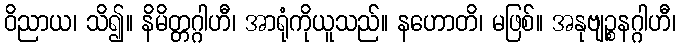
ဝိညာယ၊ သိ၍။ နိမိတ္တဂ္ဂါဟီ၊ အာရုံကိုယူသည်။ နဟောတိ၊ မဖြစ်။ အနုဗျဉ္စနဂ္ဂါဟီ၊